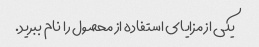
یکی از مزایای استفاده از محصول را نام ببرید.